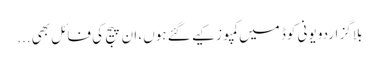
بلاگز اردو یونی کوڈ میں کمپوز کیے گئے ہوں، ان پیج کی فائل بھی...